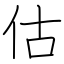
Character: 估